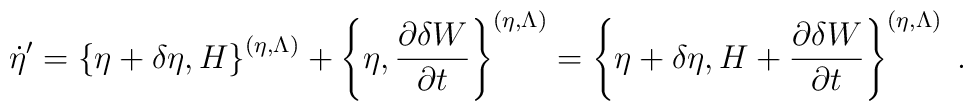
\dot{\eta}'=\left\{\eta+\delta\eta,H\right\}^{(\eta,\Lambda)}+\left\{\eta,\frac{\partial \delta W}{\partial t}\right\}^{(\eta,\Lambda)}=\left\{\eta+\delta\eta,H+\frac{\partial \delta W}{\partial t}\right\}^{(\eta,\Lambda)}\;.